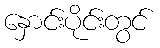
နှောင်းပိုင်းတွင်